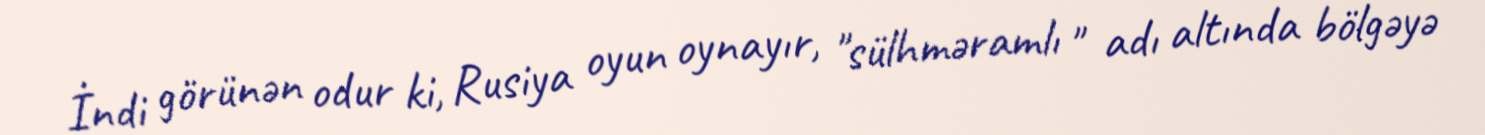
İndi görünən odur ki, Rusiya oyun oynayır, "sülhməramlı " adı altında bölgəyə